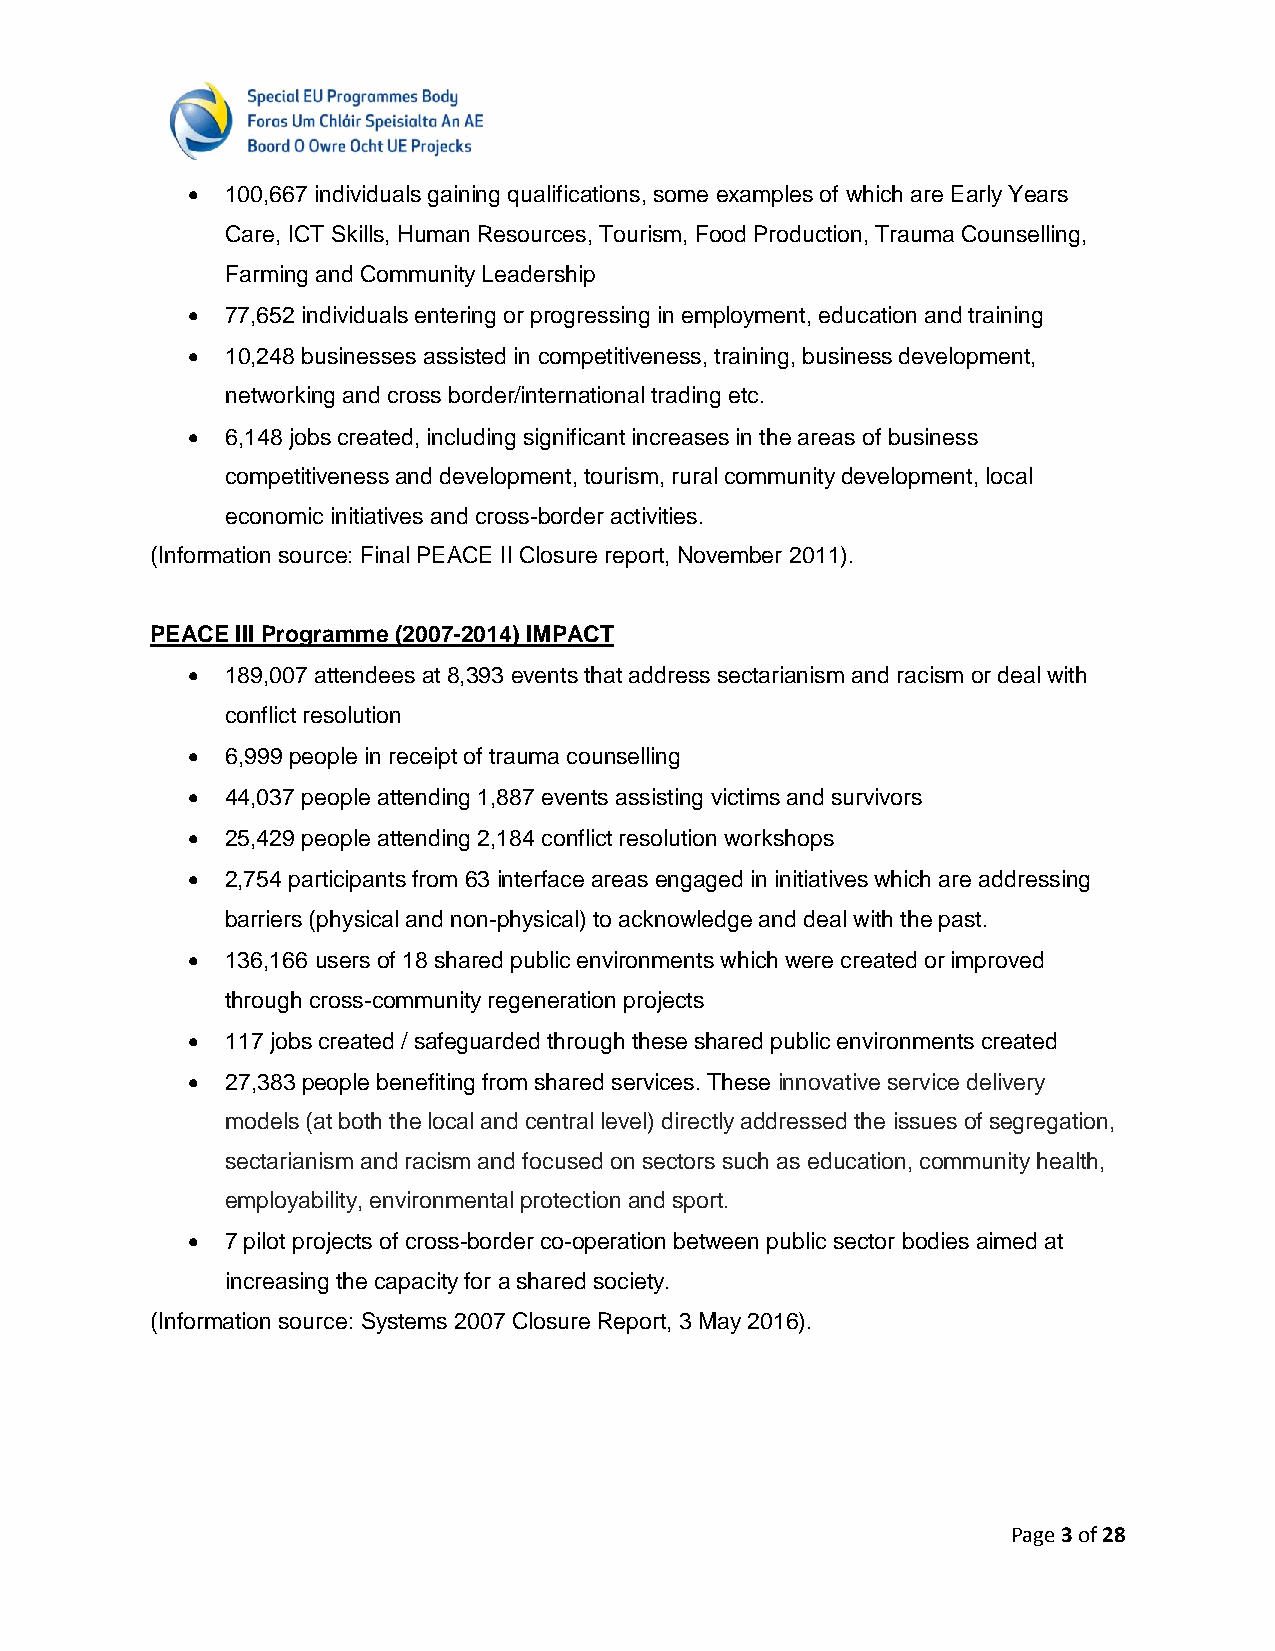
  100,667 individuals gaining qualifications, some examples of which are Early Years
 Care, ICT Skills, Human Resources, Tourism, Food Production, Trauma Counselling,
 Farming and Community Leadership
   77,652 individuals entering or progressing in employment, education and training
   10,248 businesses assisted in competitiveness, training, business development,
 networking and cross border/international trading etc.
   6,148 jobs created, including significant increases in the areas of business
 competitiveness and development, tourism, rural community development, local
 economic initiatives and cross-border activities.
 (Information source: Final PEACE II Closure report, November 2011).
 PEACE III Programme (2007-2014) IMPACT
   189,007 attendees at 8,393 events that address sectarianism and racism or deal with
 conflict resolution
   6,999 people in receipt of trauma counselling
   44,037 people attending 1,887 events assisting victims and survivors
   25,429 people attending 2,184 conflict resolution workshops
   2,754 participants from 63 interface areas engaged in initiatives which are addressing
 barriers (physical and non-physical) to acknowledge and deal with the past.
   136,166 users of 18 shared public environments which were created or improved
 through cross-community regeneration projects
   117 jobs created / safeguarded through these shared public environments created
   27,383 people benefiting from shared services. These innovative service delivery
 models (at both the local and central level) directly addressed the issues of segregation,
 sectarianism and racism and focused on sectors such as education, community health,
 employability, environmental protection and sport.
   7 pilot projects of cross-border co-operation between public sector bodies aimed at
 increasing the capacity for a shared society.
 (Information source: Systems 2007 Closure Report, 3 May 2016).
 Page 3 of 28